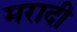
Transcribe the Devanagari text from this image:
मरादी